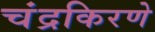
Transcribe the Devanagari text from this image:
चंद्रकिरणे